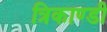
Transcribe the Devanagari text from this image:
त्रिकाण्डी